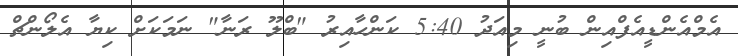
އެމްއެންޑީއެފްއިން ބުނީ މިއަދު 5:40 ކަންހާއިރު "ބްލޫ ރަނާ" ނަމަކަށް ކިޔާ އެލޯންޗް